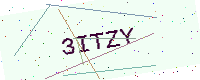
Text: 3ITZY